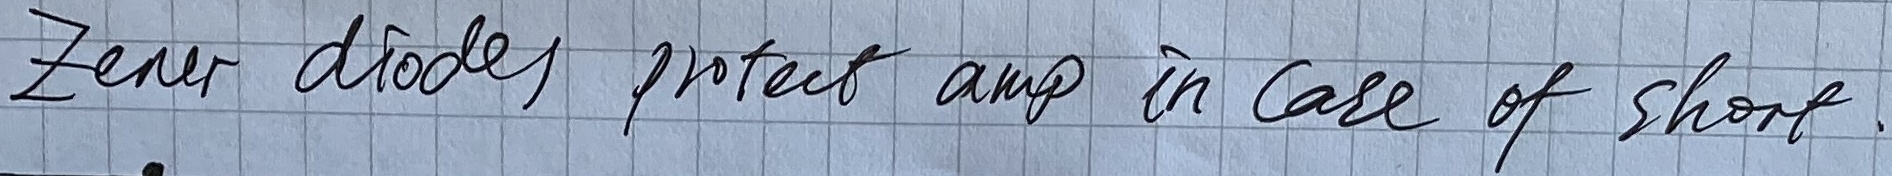
Text: zener diodes protect amp in case of short